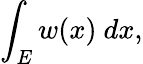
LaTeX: \int_{E}w(x)\ dx,